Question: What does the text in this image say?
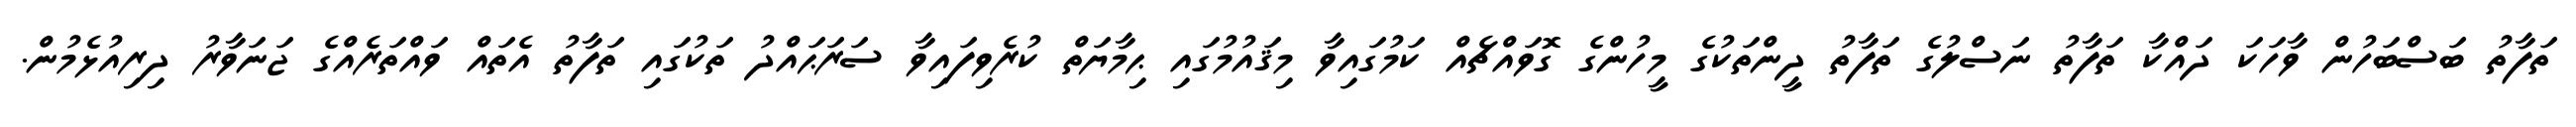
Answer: ތަފާތު ބަސްބަހުން ވާހަކަ ދައްކާ ތަފާތު ނަސްލުގެ ތަފާތު ދީންތަކުގެ މީހުންގެ ގޮވައްޗެއް ކަމުގައިވާ މިޤައުމުގައި ޙިމާޔަތް ކުރެވިފައިވާ ސަރަޙައްދު ތަކުގައި ތަފާތު އެތައް ވައްތަރެއްގެ ޖަނަވާރު ދިރިއުޅެމުން.